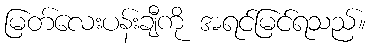
မြတ်လေးပန်းချီကို အရင်မြင်ရသည်။